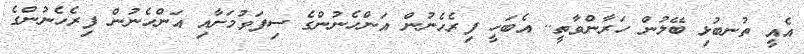
އެއީ ތުނބުޅި ބޭލުން ހަރާންވާތީ.. އެބަހީ ފިރެހެނުން އަންހެނުންގެ ސިފަވުމަށާއި އަންހެނުން ފިރެހެނުންގެ